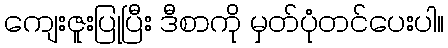
ကျေးဇူးပြုပြီး ဒီစာကို မှတ်ပုံတင်ပေးပါ။